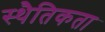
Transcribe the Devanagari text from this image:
स्थैतिकता